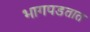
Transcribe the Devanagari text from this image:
भागपडतात